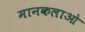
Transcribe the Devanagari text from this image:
मानकलाओ